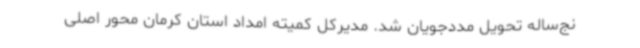
نج‌ساله تحویل مددجویان شد. مدیرکل کمیته امداد استان کرمان محور اصلی